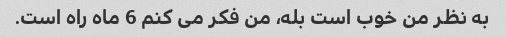
به نظر من خوب است بله، من فکر می کنم 6 ماه راه است.